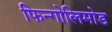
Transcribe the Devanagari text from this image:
फिन्गोलिमोड